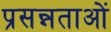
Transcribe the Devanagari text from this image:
प्रसन्नताओं